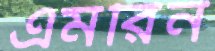
এমরিন